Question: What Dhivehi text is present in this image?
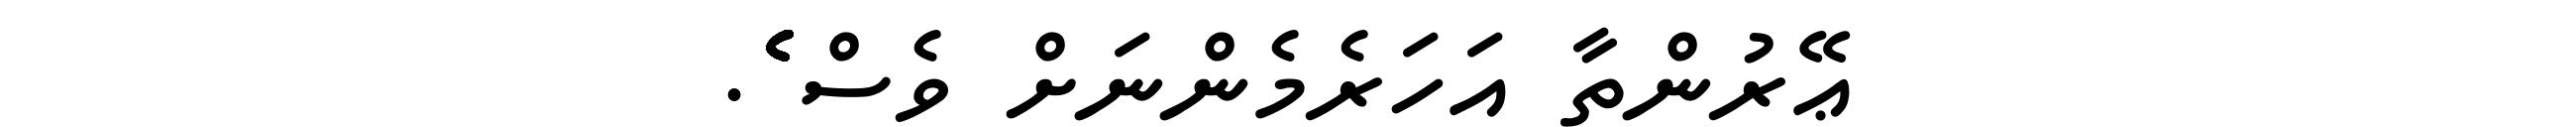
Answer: ޢޭރުންތާ އަހަރެމެންނަށް ވެސް ެެެެެެެެެެެެެެެެެެެެެެެެެެެެެެެެެެެެެެެެެެެެެެެެެެެެެެެެެެެެެެެެެެެެެެެެ.